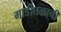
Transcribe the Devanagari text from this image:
गाडीतळाची